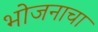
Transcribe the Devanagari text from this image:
भोजनाचा